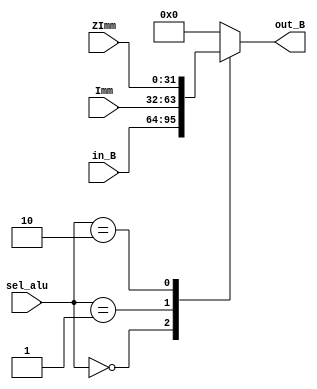
`timescale 1ns / 1ps
//////////////////////////////////////////////////////////////////////////////////
// Company: 
// Engineer: 
// 
// Design Name: 
// Module Name: Mux_Alu
// Project Name: 
// Target Devices: 
// Tool Versions: 
// Description: 
// 
// Dependencies: 
// 
// Revision:
// Revision 0.01 - File Created
// Additional Comments:
// 
//////////////////////////////////////////////////////////////////////////////////


module Mux_Alu(sel_alu,in_B,Imm,ZImm,out_B);
input [0:1]sel_alu;
input [0:31]in_B,Imm,ZImm;
output reg [0:31]out_B;

always @(sel_alu or Imm or ZImm or in_B or out_B )
      case(sel_alu)
      2'b00: out_B = in_B;
      2'b01: out_B = Imm;
      2'b10: out_B = ZImm;
      default: out_B = 32'b0;
      endcase


endmodule